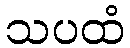
သပထံ